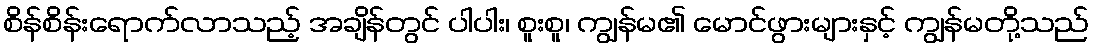
စိန်စိန်းရောက်လာသည့် အချိန်တွင် ပါပါး၊ စူးစူ၊ ကျွန်မ၏ မောင်ဖွားများနှင့် ကျွန်မတို့သည်